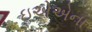
ઇએએના